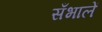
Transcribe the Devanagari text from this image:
सँभालें